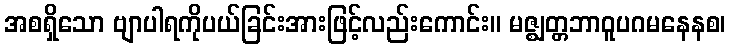
အစရှိသော ဗျာပါရကိုပယ်ခြင်းအားဖြင့်လည်းကောင်း။ မဇ္ဈတ္တဘာဝူပဂမနေနစ၊